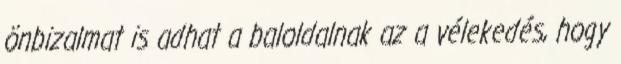
önbizalmat is adhat a baloldalnak az a vélekedés, hogy